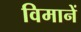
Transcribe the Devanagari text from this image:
विमानें